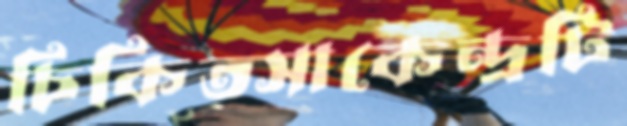
চিকিত্সাকেন্দ্রটি